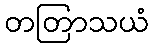
တတြာသယံ